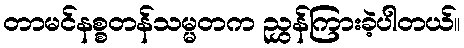
တာမင်နစ္စတန်သမ္မတက ညွှန်ကြားခဲ့ပါတယ်။